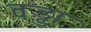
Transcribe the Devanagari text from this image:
वड्डा